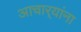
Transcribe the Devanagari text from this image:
आचार्‍यांना